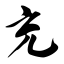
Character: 充